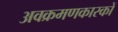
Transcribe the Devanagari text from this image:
अवक्रमणकारकों